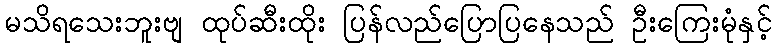
မသိရသေးဘူးဗျ ထုပ်ဆီးထိုး ပြန်လည်ပြောပြနေသည် ဦးကြေးမုံနှင့်